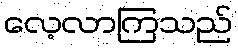
လေ့လာကြသည်